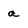
Character: a